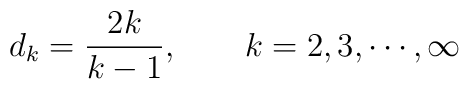
d_{k}=\frac{2k}{k-1},\qquad k=2,3,\cdots ,\infty